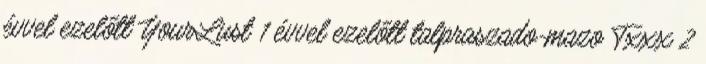
évvel ezelőtt YourLust 1 évvel ezelőtt talpraszado-mazo Txxx 2